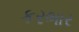
કરભાર